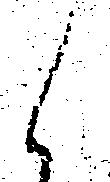
候